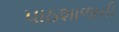
પાઠશાળાની